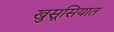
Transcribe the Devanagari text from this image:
खुसूसियात